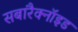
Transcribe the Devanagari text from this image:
सबारैक्नॉइड